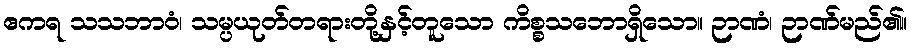
ဧကရ သသဘာဝံ၊ သမ္ပယုတ်တရားတို့နှင့်တူသော ကိစ္စသဘောရှိသော။ ဉာဏံ၊ ဉာဏ်မည်၏။